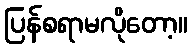
ပြန်စရာမလိုတော့။